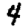
Digit: 4